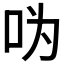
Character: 𠯠